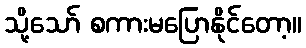
သို့သော် စကားမပြောနိုင်တော့။